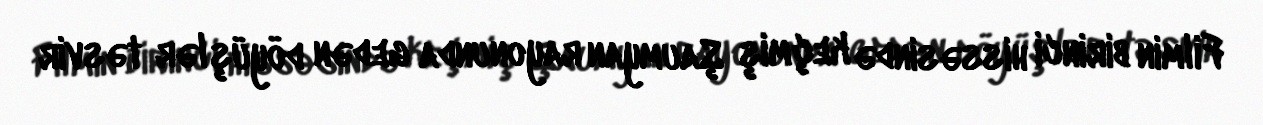
Filmin birinci hissəsində keçmiş Şaumyan rayonunda gedən döyüşlər təsvir